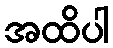
အထိပါ